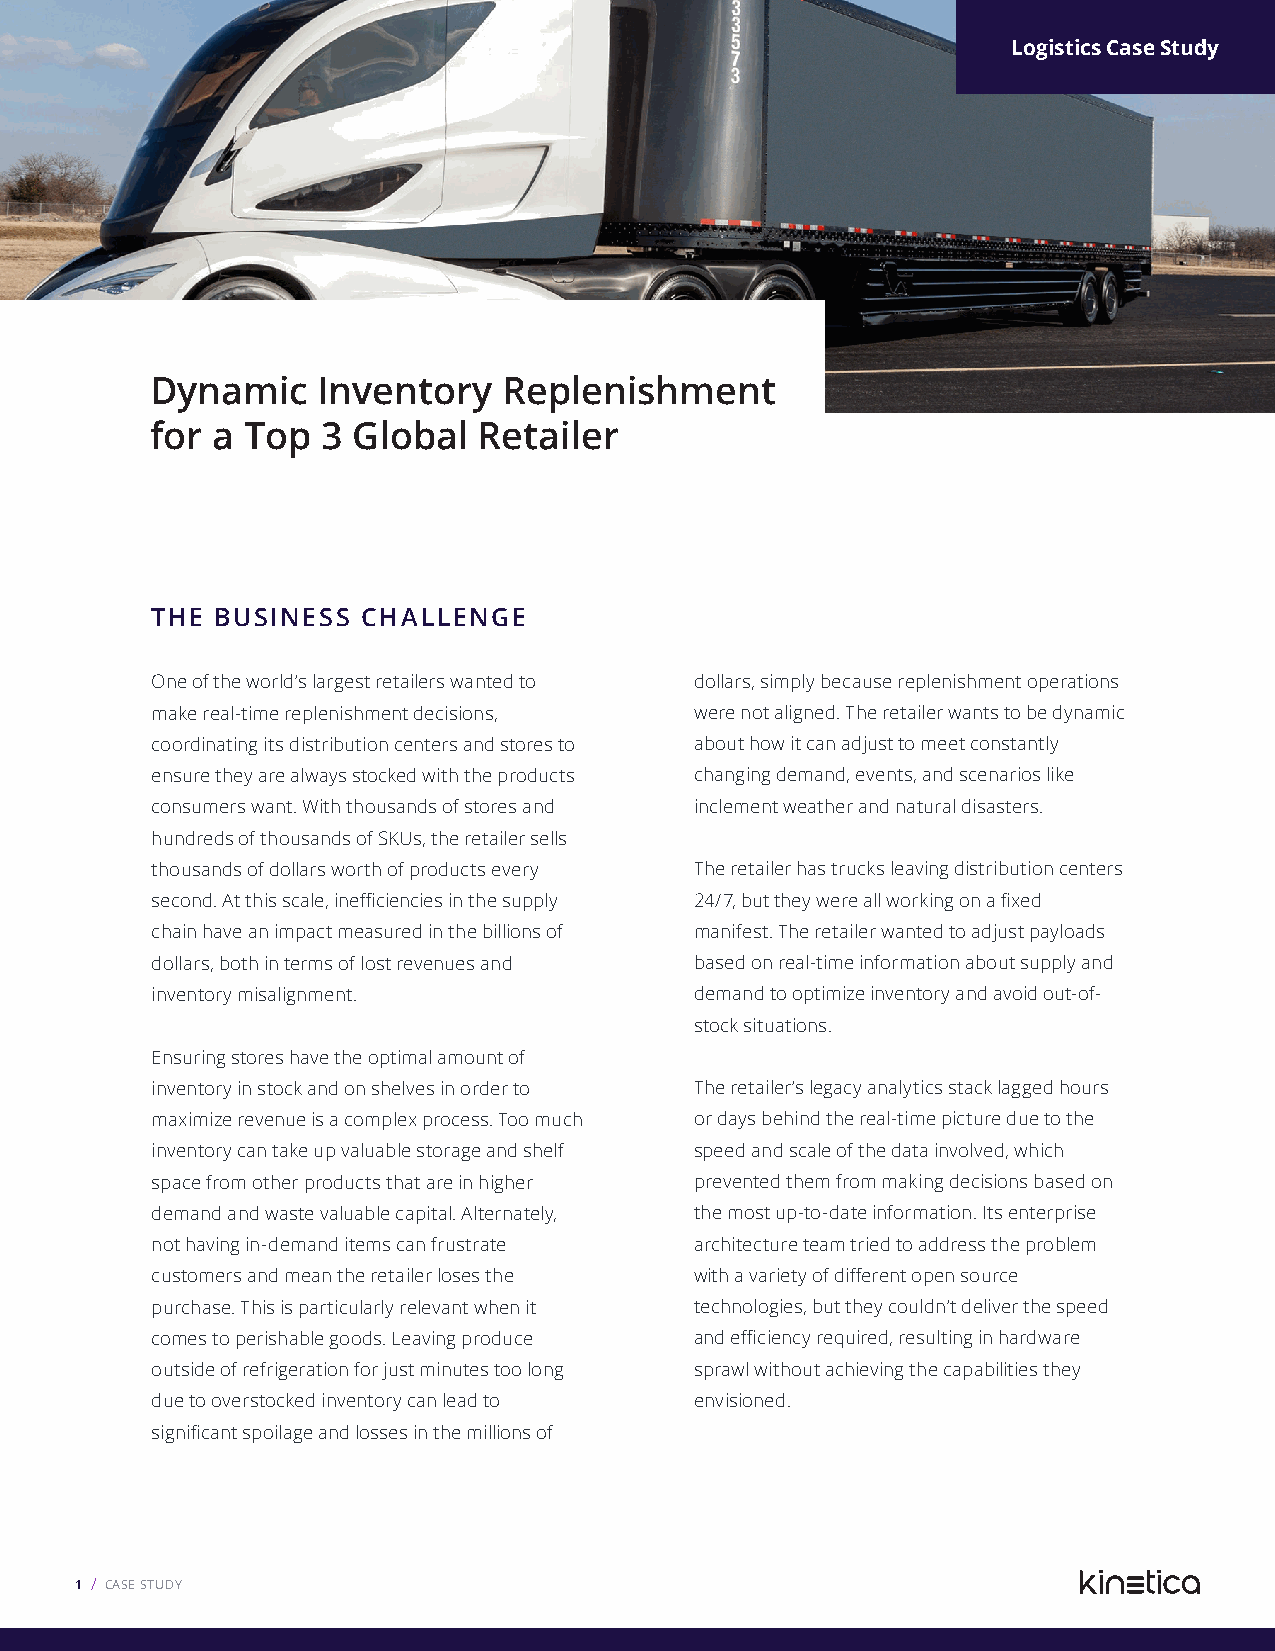
Logistics Case Study
 Dynamic    Inventory   Replenishment
 for a Top  3 Global   Retailer
 THE BUSINESS  CHALLENGE
 One of the world’s largest retailers wanted to dollars, simply because replenishment operations
 make real-time replenishment decisions, were not aligned. The retailer wants to be dynamic
 coordinating its distribution centers and stores to about how it can adjust to meet constantly
 ensure they are always stocked with the products changing demand, events, and scenarios like
 consumers want. With thousands of stores and inclement weather and natural disasters.
 hundreds of thousands of SKUs, the retailer sells
 thousands of dollars worth of products every The retailer has trucks leaving distribution centers
 second. At this scale, inefficiencies in the supply 24/7, but they were all working on a fixed
 chain have an impact measured in the billions of manifest. The retailer wanted to adjust payloads
 dollars, both in terms of lost revenues and based on real-time information about supply and
 inventory misalignment.             demand to optimize inventory and avoid out-of-
 stock situations.
 Ensuring stores have the optimal amount of
 inventory in stock and on shelves in order to The retailer’s legacy analytics stack lagged hours
 maximize revenue is a complex process. Too much or days behind the real-time picture due to the
 inventory can take up valuable storage and shelf speed and scale of the data involved, which
 space from other products that are in higher prevented them from making decisions based on
 demand and waste valuable capital. Alternately, the most up-to-date information. Its enterprise
 not having in-demand items can frustrate architecture team tried to address the problem
 customers and mean the retailer loses the with a variety of different open source
 purchase. This is particularly relevant when it technologies, but they couldn’t deliver the speed
 comes to perishable goods. Leaving produce and efficiency required, resulting in hardware
 outside of refrigeration for just minutes too long sprawl without achieving the capabilities they
 due to overstocked inventory can lead to envisioned.
 significant spoilage and losses in the millions of
 1 / CASE STUDY